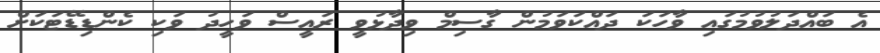
އެ ބައްދަލުވުމުގައި ވާހަކަ ދައްކަވަމުން ގާސިމް ވިދާޅުވީ ރައީސް ވަހީދު ވަކި ކެންޑިޑޭޓަކަށް